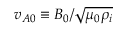
v _ { A 0 } \equiv B _ { 0 } / \sqrt { \mu _ { 0 } \rho _ { i } }